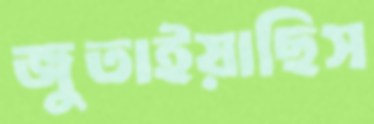
জুতাইয়াছিস